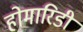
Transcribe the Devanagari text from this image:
होमारिडी